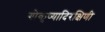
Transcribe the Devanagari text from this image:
गोकृष्यादिरक्षिणी